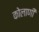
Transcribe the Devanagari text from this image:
कोलाणी